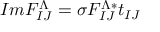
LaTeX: I m { \cal F } _ { I J } ^ { \Lambda } = \sigma { \cal F } _ { I J } ^ { \Lambda * } t _ { I J }